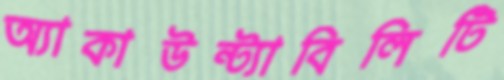
অ্যাকাউন্ট্যাবিলিটি